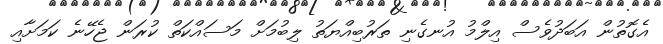
އެގޮތުން އަބަދުވެސް އިލްމު އުނގެނި ތަރުބިއްޔަތު ލިބުމަށް މަސައްކަތް ކުރަން ޖެހޭނެ ކަމަށާއި